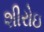
શીરોઇ